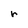
Character: r